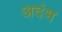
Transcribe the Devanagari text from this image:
अदंभ